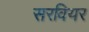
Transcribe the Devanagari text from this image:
सरवियर